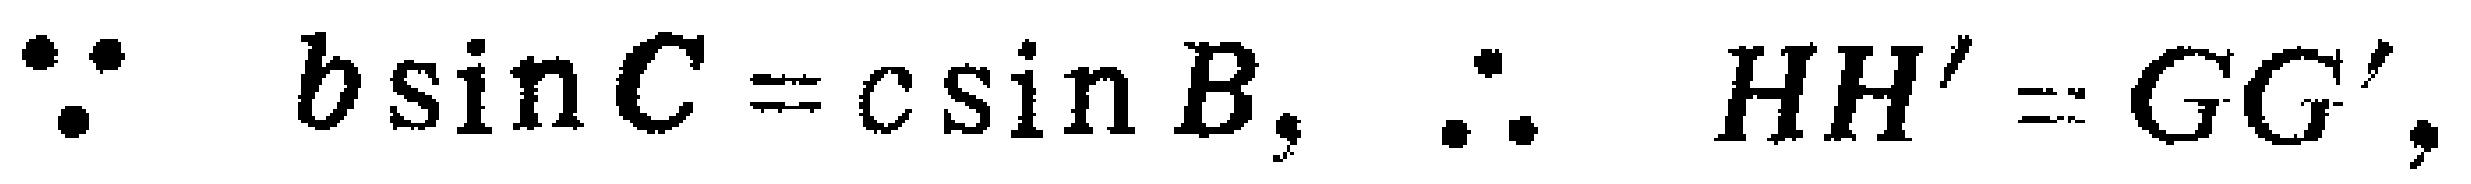
\(\because b\sin C = c\sin B,\therefore HH' = GG',\)